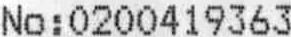
NO : 0200419363